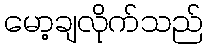
မော့ချလိုက်သည်